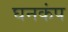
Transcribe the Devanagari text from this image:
घनकंप